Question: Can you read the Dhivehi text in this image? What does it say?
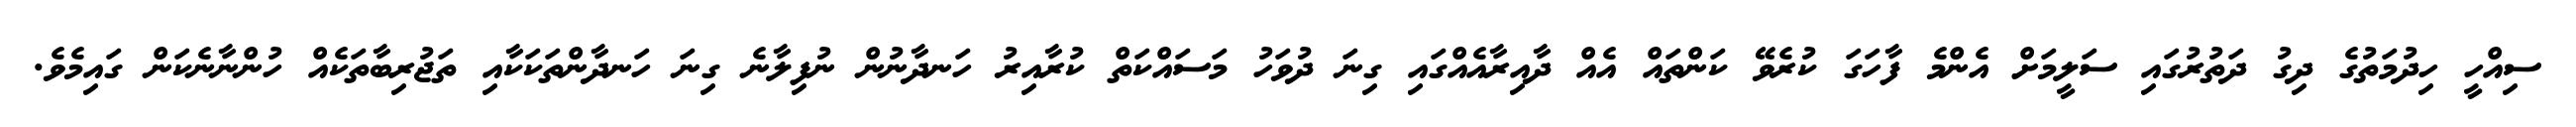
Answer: ސިއްހީ ހިދުމަތުގެ ދިގު ދަތުރުގައި ސަލީމަށް އެންމެ ފާހަގަ ކުރެވޭ ކަންތައް އެއް ދާއިރާއެއްގައި ގިނަ ދުވަހު މަސައްކަތް ކުރާއިރު ހަނދާނުން ނުފިލާނެ ގިނަ ހަނދާންތަކަކާއި ތަޖުރިބާތަކެއް ހުންނާނެކަން ގައިމެވެ.